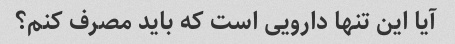
آیا این تنها دارویی است که باید مصرف کنم؟